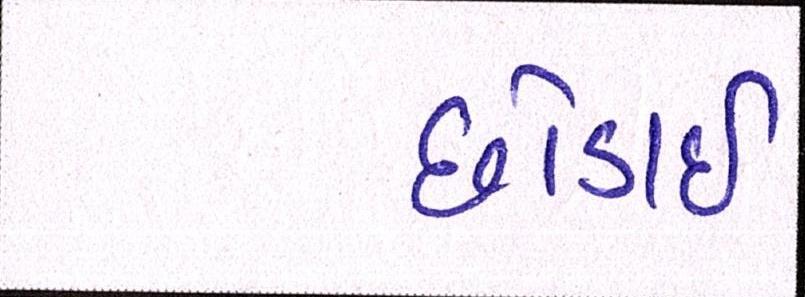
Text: છોડાઈ